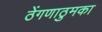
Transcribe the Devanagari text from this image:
ठेंगणाठुमका